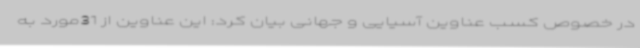
در خصوص کسب عناوین آسیایی و جهانی بیان کرد: این عناوین از 31مورد به